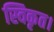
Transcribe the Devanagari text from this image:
स्विकृत।